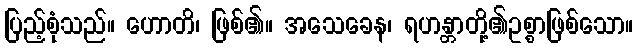
ပြည့်စုံသည်။ ဟောတိ၊ ဖြစ်၏။ အသေခေန၊ ရဟန္တာတို့၏ဥစ္စာဖြစ်သော။